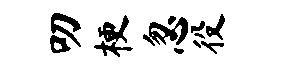
叨梗忽役